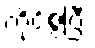
ကိုင်စွဲပြီး